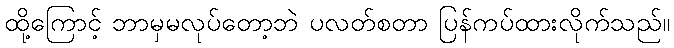
ထို့ကြောင့် ဘာမှမလုပ်တော့ဘဲ ပလတ်စတာ ပြန်ကပ်ထားလိုက်သည်။